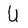
Character: U